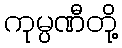
ကုမ္ပဏီတို့